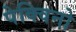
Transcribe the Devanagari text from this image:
पेक्विनो